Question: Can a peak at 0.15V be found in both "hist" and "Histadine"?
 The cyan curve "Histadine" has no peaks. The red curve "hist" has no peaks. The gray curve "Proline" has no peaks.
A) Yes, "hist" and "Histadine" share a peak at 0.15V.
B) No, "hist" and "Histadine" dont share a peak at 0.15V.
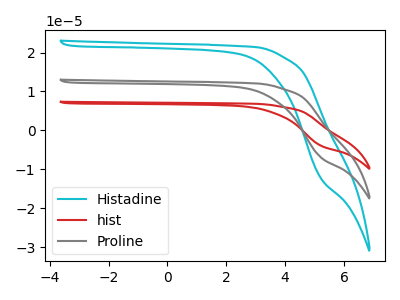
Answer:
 <answer>B) No, "hist" and "Histadine" dont share a peak at 0.15V.</answer>
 <eval>B</eval>